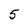
Character: 5